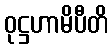
ဝုဋ္ဌဟာမိပီတိ